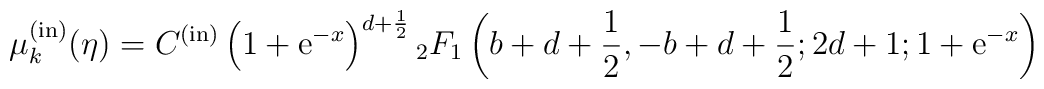
\mu_k^{\rm (in)}(\eta) = C^{(\rm in)} \left(1+{\rm e}^{-x}\right)^{d+{1\over 2}} {}_2F_1\left(b+d+{1\over 2},-b+d+{1\over 2};2d+1;1+{\rm e}^{-x}\right)